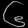
Digit: ၆